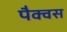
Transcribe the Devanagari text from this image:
पैक्वस